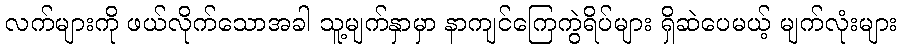
လက်များကို ဖယ်လိုက်သောအခါ သူ့မျက်နှာမှာ နာကျင်ကြေကွဲရိပ်များ ရှိဆဲပေမယ့် မျက်လုံးများ